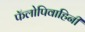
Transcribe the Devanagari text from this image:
फॅलोपिवाहिनी